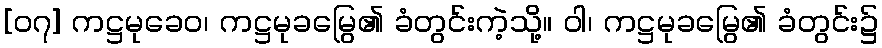
[၀၇] ကဋ္ဌမုခေဝ၊ ကဋ္ဌမုခမြွေ၏ ခံတွင်းကဲ့သို့။ ဝါ၊ ကဋ္ဌမုခမြွေ၏ ခံတွင်း၌